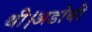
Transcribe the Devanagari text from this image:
थी।अडोबी